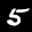
Label: 5